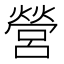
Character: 營